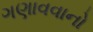
ગણાવવાનો